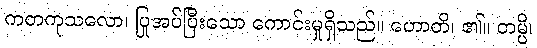
ကတကုသလော၊ ပြုအပ်ပြီးသော ကောင်းမှုရှိသည်။ ဟောတိ၊ ၏။ တမ္ပိ၊